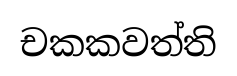
චකකවත්ති